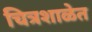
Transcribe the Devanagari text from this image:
चित्रशाळेत